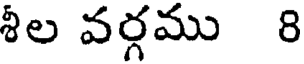
శీల వర్గము 8